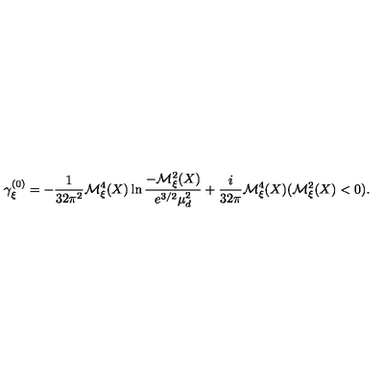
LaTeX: \gamma _ { \xi } ^ { ( 0 ) } = - \frac { 1 } { 3 2 \pi ^ { 2 } } { \cal M } _ { \xi } ^ { 4 } ( X ) \ln \frac { - { \cal M } _ { \xi } ^ { 2 } ( X ) } { e ^ { 3 / 2 } \mu _ { d } ^ { 2 } } + \frac { i } { 3 2 \pi } { \cal M } _ { \xi } ^ { 4 } ( X ) ( { \cal M } _ { \xi } ^ { 2 } ( X ) < 0 ) .